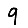
Digit: 9